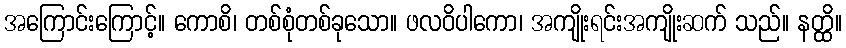
အကြောင်းကြောင့်။ ကောစိ၊ တစ်စုံတစ်ခုသော။ ဖလဝိပါကော၊ အကျိုးရင်းအကျိုးဆက် သည်။ နတ္ထိ။